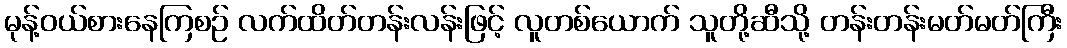
မုန့်ဝယ်စားနေကြစဉ် လက်ထိတ်တန်းလန်းဖြင့် လူတစ်ယောက် သူတို့ဆီသို့ တန်းတန်းမတ်မတ်ကြီး